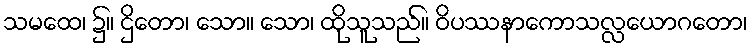
သမထေ၊ ၌။ ဌိတော၊ သော။ သော၊ ထိုသူသည်။ ဝိပဿနာကောသလ္လယောဂတော၊